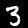
Digit: 3